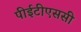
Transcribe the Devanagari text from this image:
पीईटीएससी